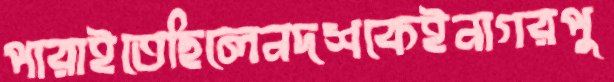
পারাইতেছিলেনদশকেইনাগরপু